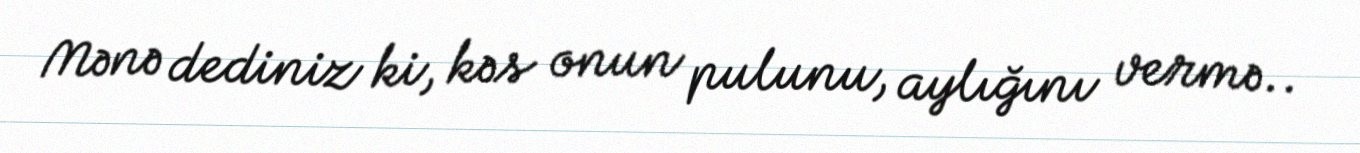
Mənə dediniz ki, kəs onun pulunu, aylığını vermə..